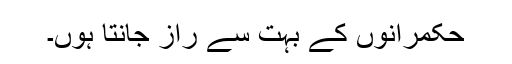
حکمرانوں کے بہت سے راز جانتا ہوں۔